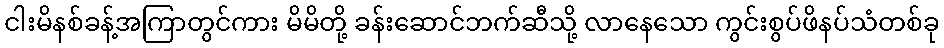
ငါးမိနစ်ခန့်အကြာတွင်ကား မိမိတို့ ခန်းဆောင်ဘက်ဆီသို့ လာနေသော ကွင်းစွပ်ဖိနပ်သံတစ်ခု